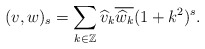
\begin{align*}(v,w)_s=\sum_{k\in\mathbb{Z}} \widehat{v}_k \overline{\widehat{w}_k}(1+k^2)^s.\end{align*}